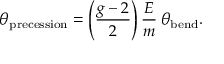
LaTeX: \theta _ { \mathrm { p r e c e s s i o n } } = \left( { \frac { g - 2 } { 2 } } \right) { \frac { E } { m } } \: \theta _ { \mathrm { b e n d } } .